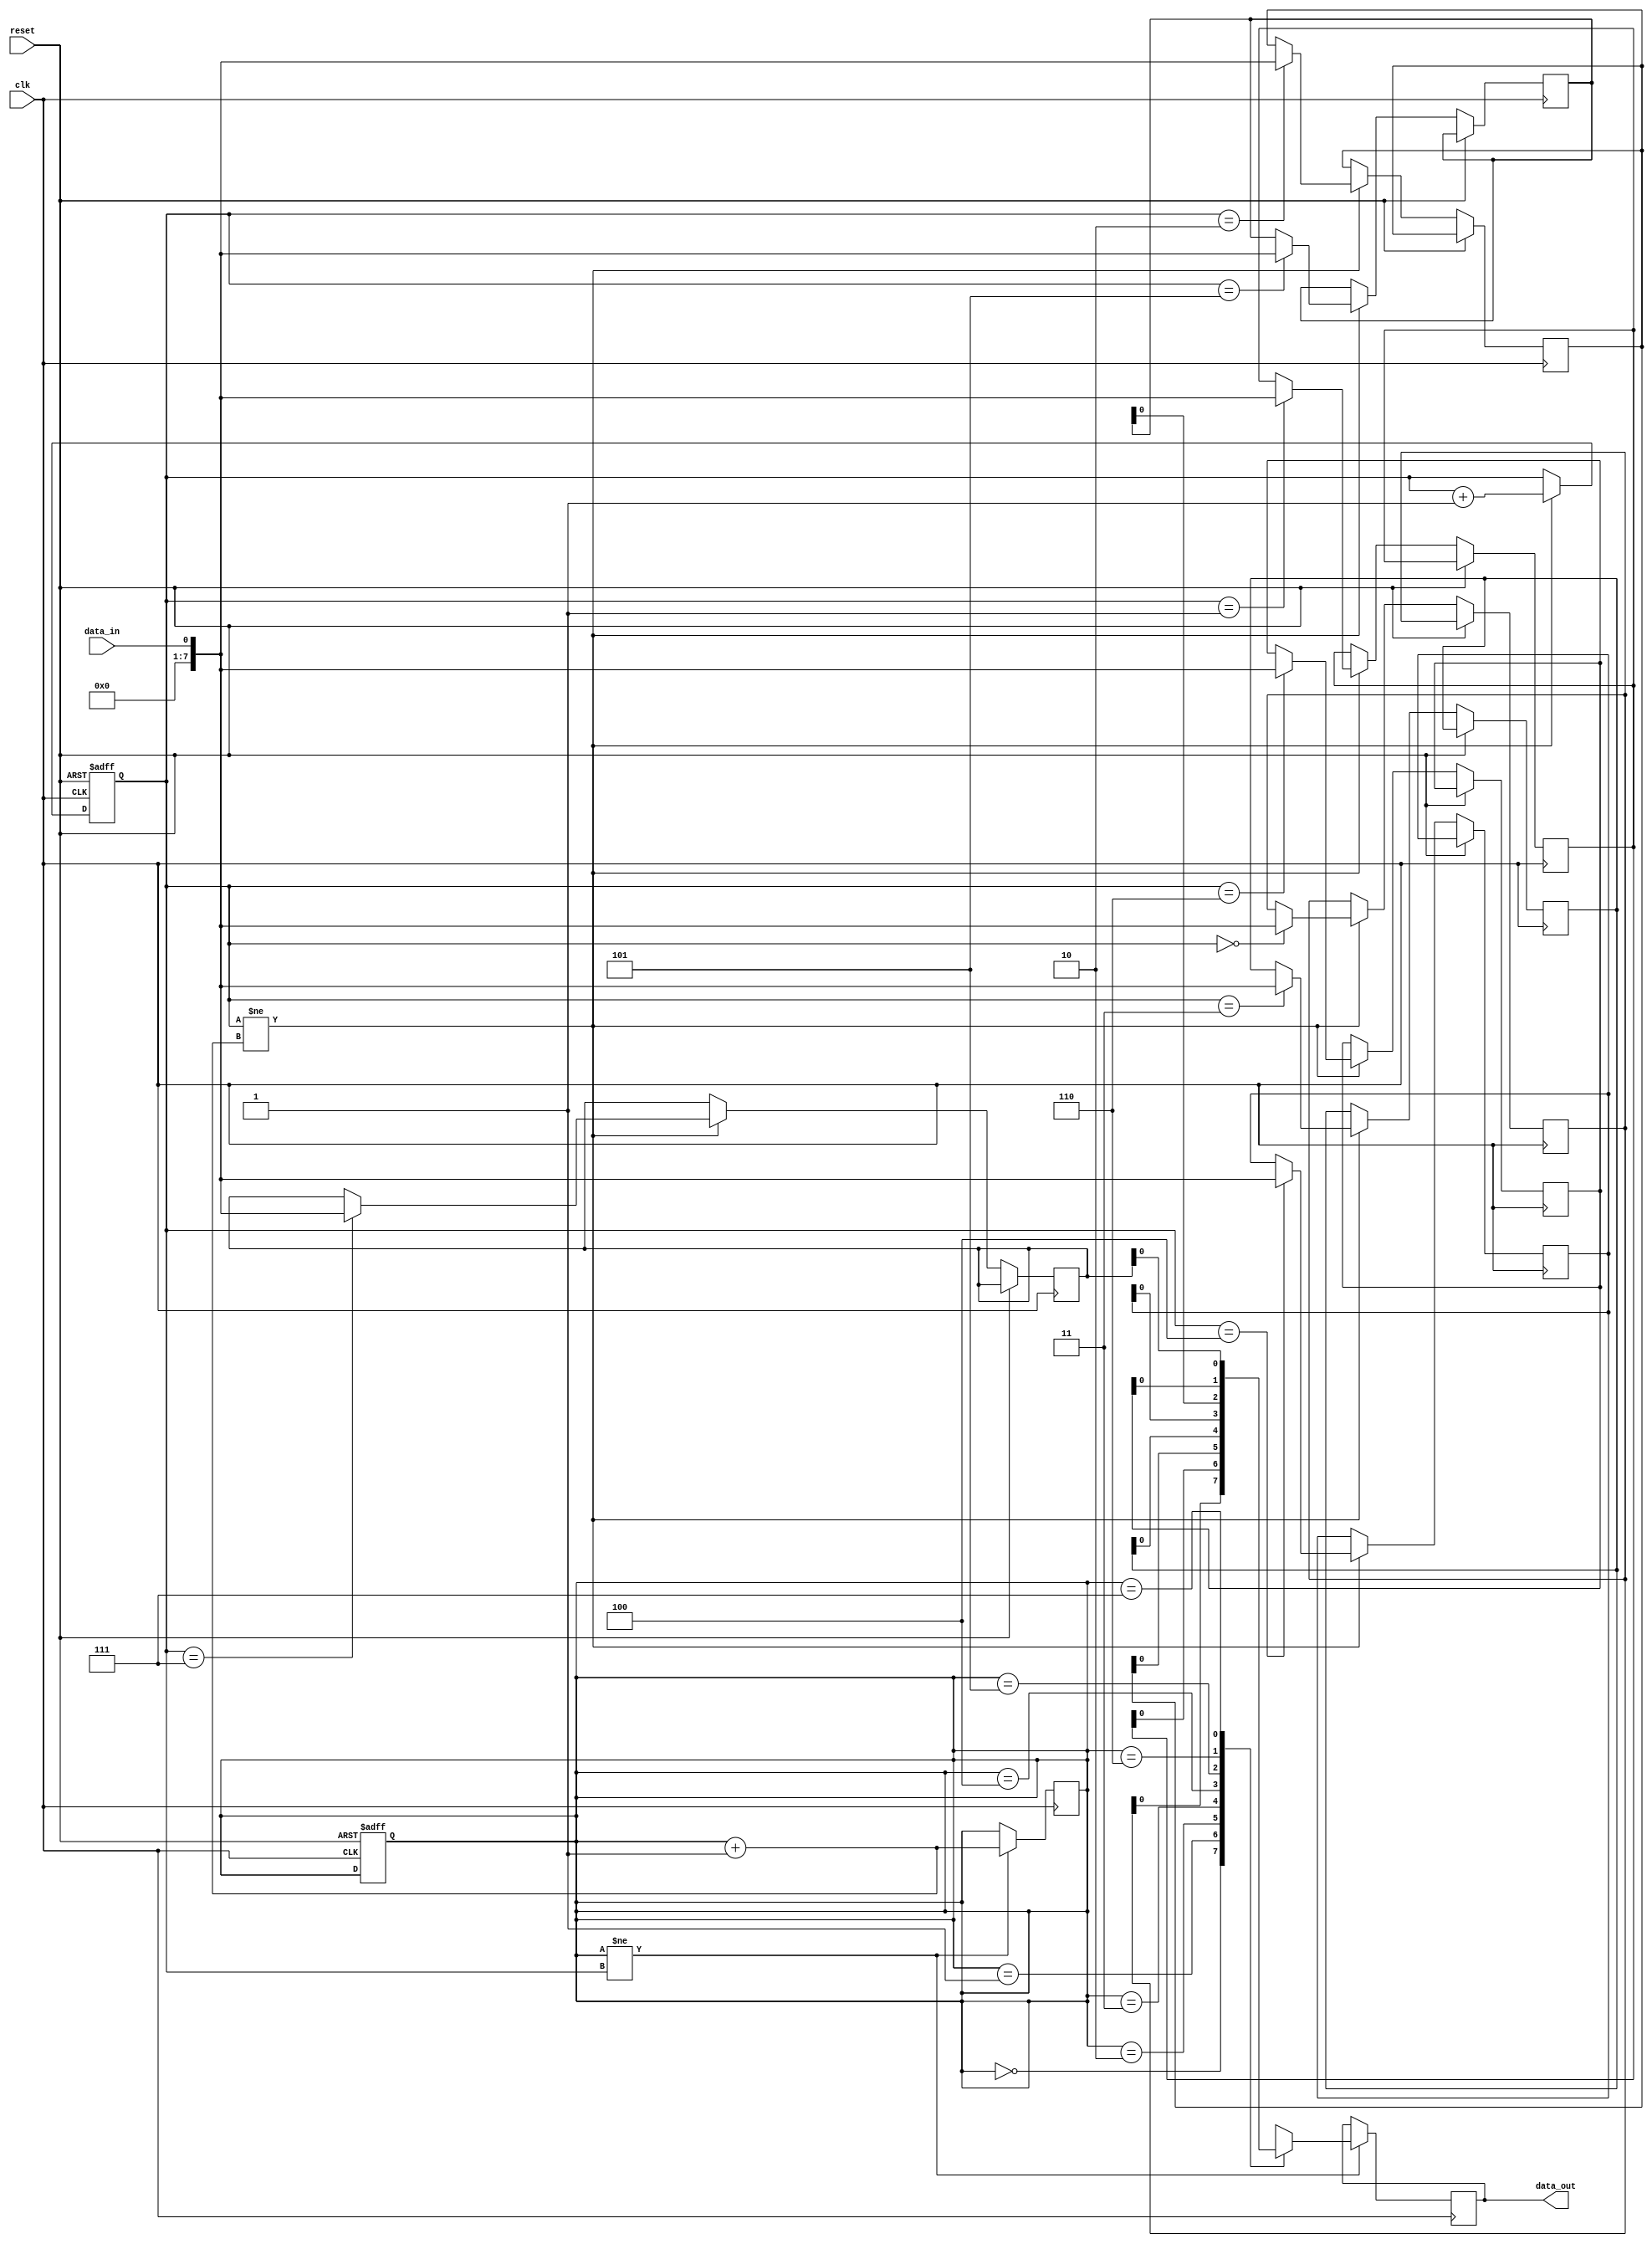
module fifo_buffer (
    input wire clk,             // Clock input
    input wire reset,           // Reset input
    input wire data_in,         // Data input
    output reg data_out         // Data output
);

reg [7:0] fifo [0:7];     // Array to store 8 words of data
reg [2:0] read_ptr, write_ptr;  // Read and write pointers

always @(posedge clk or posedge reset) begin
    if (reset) begin
        read_ptr <= 3'b000;     // Initialize read pointer
        write_ptr <= 3'b000;    // Initialize write pointer
    end else begin
        if (write_ptr != read_ptr + 3'b001) begin
            fifo[write_ptr] <= data_in;     // Store incoming data in FIFO buffer
            write_ptr <= write_ptr + 3'b001;    // Increment write pointer
        end
    end
end

always @ (posedge clk) begin
    if (read_ptr != write_ptr) begin
        data_out <= fifo[read_ptr];   // Output data from FIFO buffer
        read_ptr <= read_ptr + 3'b001;    // Increment read pointer
    end
end

endmodule